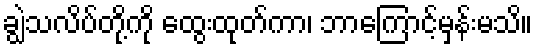
ချွဲသလိပ်တို့ကို ထွေးထုတ်ကာ၊ ဘာကြောင့်မှန်းမသိ။